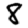
Digit: 8